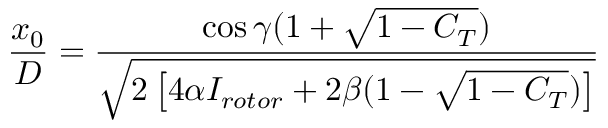
\frac { x _ { 0 } } { D } = \frac { \cos { \gamma } ( 1 + \sqrt { 1 - C _ { T } } ) } { \sqrt { 2 \left[ 4 \alpha I _ { r o t o r } + 2 \beta ( 1 - \sqrt { 1 - C _ { T } } ) \right] } }